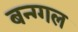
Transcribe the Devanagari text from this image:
बन्ग्गल